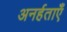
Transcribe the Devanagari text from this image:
अनर्हताएँ